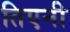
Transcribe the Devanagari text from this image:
तिएनी